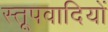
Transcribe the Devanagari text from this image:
स्तूपवादियों